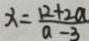
x = \frac { 1 2 + 2 a } { a - 3 }